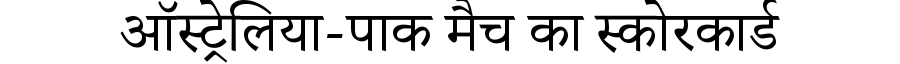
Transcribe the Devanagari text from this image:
ऑस्ट्रेलिया-पाक मैच का स्कोरकार्ड